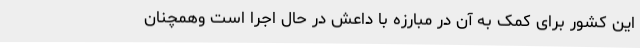
این کشور برای کمک به آن در مبارزه با داعش در حال اجرا است وهمچنان